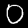
Digit: 0